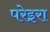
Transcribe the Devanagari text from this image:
परेइरा